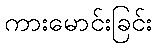
ကားမောင်းခြင်း